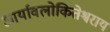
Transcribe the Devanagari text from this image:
आर्यावलोकितेश्वराय